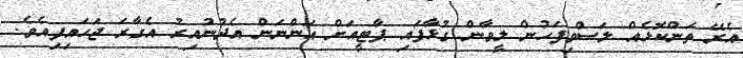
އެރޭ ތަންކޮޅެއް ލަސްވިފަހުން ލީވާން ގުޅާފައި ޕާޓީއަށް އަންނަން އެދުނުއިރު އެގާރަ ޖަހައިފިއެވެ.